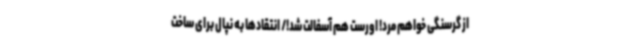
از گرسنگی خواهم مرد! اورست هم آسفالت شد!/ انتقادها به نپال برای ساخت